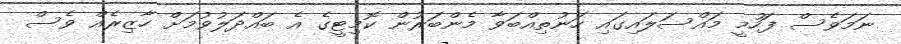
ނަމަވެސް ފަހުމީ މައްސަލައިގައި ހަނުތިއްބަވާ މެންބަރުން ކޮމިޓީގެ އެ ބައްދަލުވުމަށް ހާޒިރެއް ވެސް